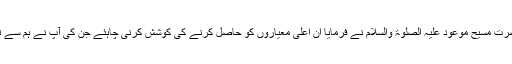
پس جیسا کہ حضرت مسیح موعود علیہ الصلوۃ والسلام نے فرمایا اُن اعلیٰ معیاروں کو حاصل کرنے کی کوشش کرنی چاہئے جن کی آپ نے ہم سے توقع فرمائی ہے۔